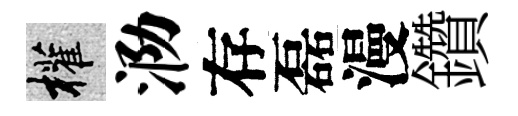
權泐存磊漫鑽